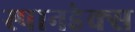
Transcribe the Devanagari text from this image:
स्पानडेक्स